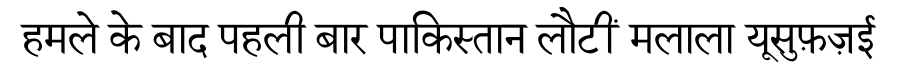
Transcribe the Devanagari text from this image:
हमले के बाद पहली बार पाकिस्तान लौटीं मलाला यूसुफ़ज़ई